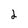
Character: 2